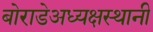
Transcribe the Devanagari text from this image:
बोराडेअध्यक्षस्थानी